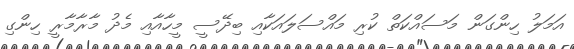
އަމަލު ހިންގަން މަސައްކަތް ކުރި މައްސަލައަކާއި ބިދޭސީ މީހާއާއި މެދު މާރާމާރީ ހިންގި